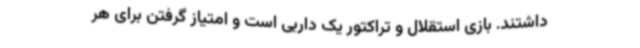
داشتند. بازی استقلال و تراکتور یک داربی است و امتیاز گرفتن برای هر